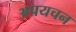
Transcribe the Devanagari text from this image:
अपयचन